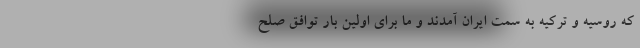
که روسیه و ترکیه به سمت ایران آمدند و ما برای اولین بار توافق صلح